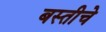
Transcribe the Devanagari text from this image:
बस्तीचे